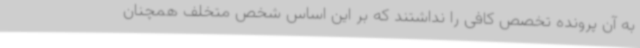
به آن پرونده تخصص کافی را نداشتند که بر این اساس شخص متخلف همچنان